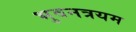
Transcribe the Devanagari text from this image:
भुवनत्रयम